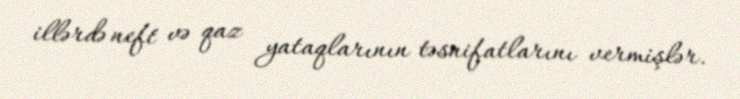
illərdə neft və qaz yataqlarının təsnifatlarını vermişlər.